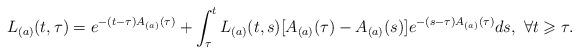
LaTeX: \begin{align*}L_{(a)}(t,\tau) = e^{-(t-\tau)A_{(a)}(\tau)} + \int_{\tau}^{t}L_{(a)}(t,s)[A_{(a)}(\tau) -A_{(a)}(s)]e^{-(s-\tau)A_{(a)}(\tau)}ds,\ \forall t\geqslant\tau.\end{align*}